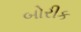
બોરીક